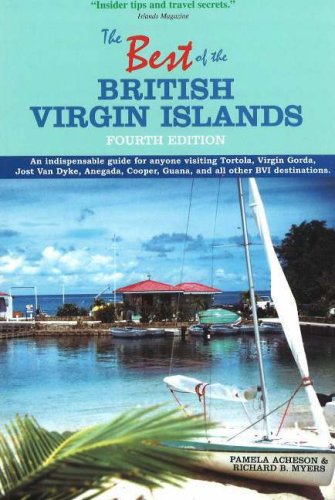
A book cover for The Best of the British Virgin Islands: An Indispensable Guide for Anyone Visiting Tortola, Virgin Gorda, Jost Van Dyke, Anegada, Cooper, Guana, and All Other BVI Destinations; Pamela Acheson; Travel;